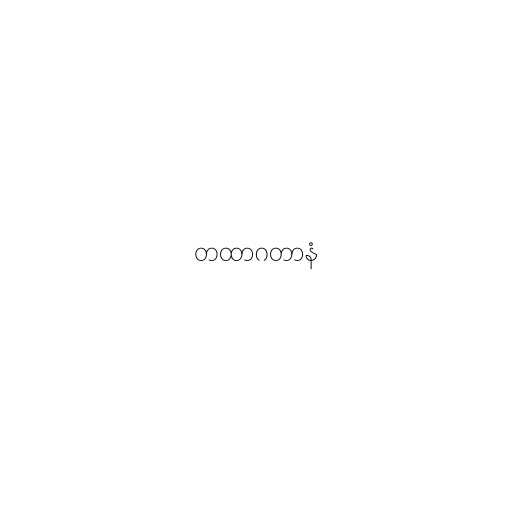
တထာဂတာနံ